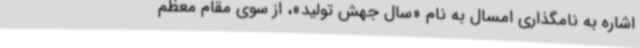
اشاره به نامگذاری امسال به نام «سال جهش تولید»، از سوی مقام معظم